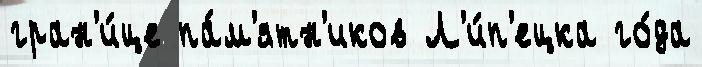
гран'и́це па́м'ятн'иков Л'и́п'ецка го́да